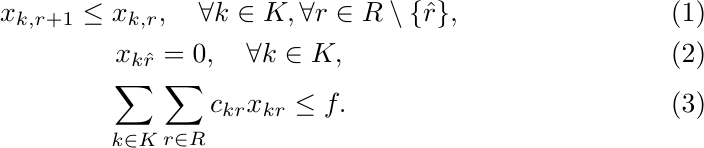
\begin{gather}
    x_{k,r+1} \le x_{k,r},\quad \forall k \in K, \forall r \in R \setminus \{\hat{r}\},
    \label{eq:con_incremental} \\
    x_{k\hat{r}} = 0,\quad \forall k \in K,
    \label{eq:con_inexorable} \\
    \sum_{k \in K} \sum_{r \in R} c_{kr} x_{kr} \le f.
    \label{eq:con_resource_hi}
\end{gather}